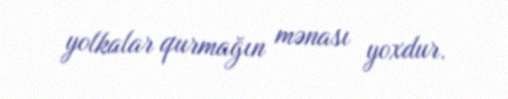
yolkalar qurmağın mənası yoxdur.